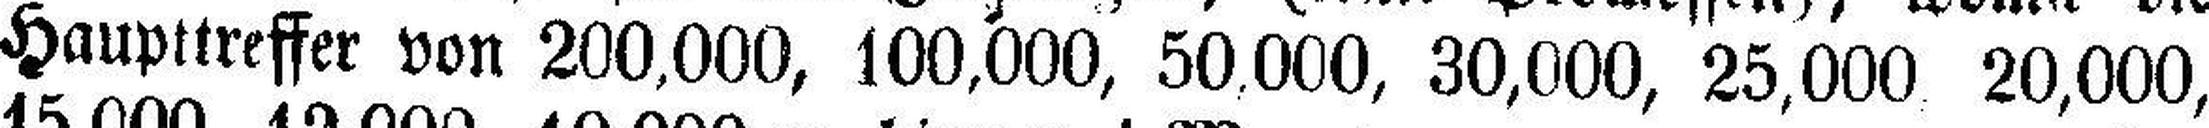
Haupttreffer von 200,000, 100,000, 50,000, 30,000, 25,000 20,000,